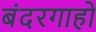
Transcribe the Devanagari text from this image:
बंदरगाहो